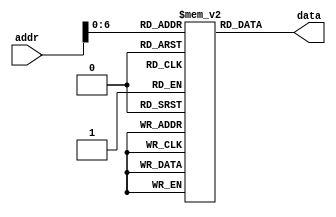
// Class: CSCI 401 Computer Architecture
// Term: SPR11
// Name(s): Andrew Price
//
// Lab #1: Instruction Fetch Stage

//                              -*- Mode: Verilog -*-
// Description     : The instruction memory module
//                   of the IF stage of the pipeline
// Modified By     : Jason Fredrick and David Sturgeon

module memory (
   output reg [31:0] data,       // Output of Instruction Memory
   input wire [31:0] addr        // Input of Instruction Memory
   );

// Register Declarations
   reg [31:0] MEM[0:127];  // 128 words of 32-bit memory

// Initialize Registers
   initial begin
   MEM[0] <= 'hA00000AA;
   MEM[1] <= 'h10000011;
   MEM[2] <= 'h20000022;
   MEM[3] <= 'h30000033;
   MEM[4] <= 'h40000044;
   MEM[5] <= 'h50000055;
   MEM[6] <= 'h60000066;
   MEM[7] <= 'h70000077;
   MEM[8] <= 'h80000088;
   MEM[9] <= 'h90000099;
   end
   
   always @ (addr) data <= MEM[addr];
endmodule // memory